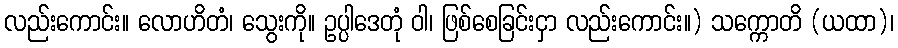
လည်းကောင်း။ လောဟိတံ၊ သွေးကို။ ဥပ္ပါဒေတုံ ဝါ၊ ဖြစ်စေခြင်းငှာ လည်းကောင်း။) သက္ကောတိ (ယထာ)၊